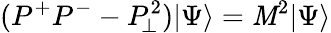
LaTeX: (P^{+}P^{-}-P_{\! \perp}^{2})\vert\Psi\rangle=\mathit{M}^{2}\vert\Psi\rangle